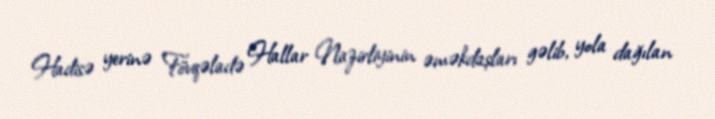
Hadisə yerinə Fövqəladə Hallar Nazirliyinin əməkdaşları gəlib, yola dağılan